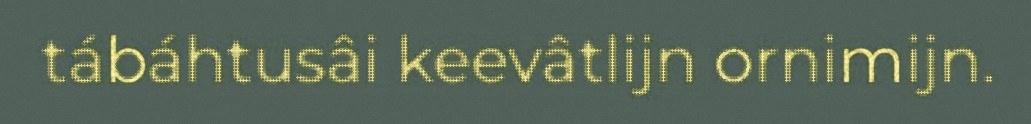
tábáhtusâi keevâtlijn ornimijn.